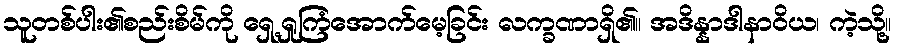
သူတစ်ပါး၏စည်းစိမ်ကို ရှေ့ရှုကြံအောက်မေ့ခြင်း လက္ခဏာရှိ၏။ အဒိန္နာဒါနာဝိယ၊ ကဲ့သို့။